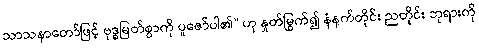
သာသနာတော်ဖြင့် ဗုဒ္ဓမြတ်စွာကို ပူဇော်ပါ၏” ဟု နှုတ်မြွက်၍ နံနက်တိုင်း ညတိုင်း ဘုရားကို